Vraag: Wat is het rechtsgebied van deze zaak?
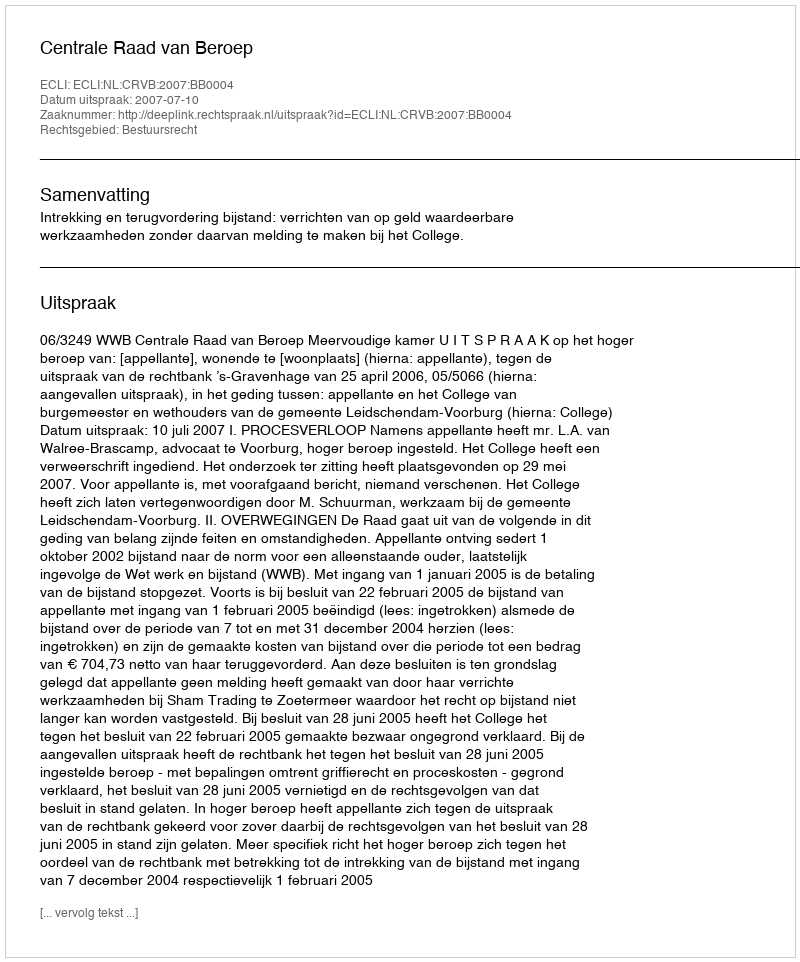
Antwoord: Bestuursrecht